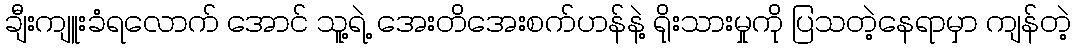
ချီးကျူးခံရလောက် အောင် သူ့ရဲ့ အေးတိအေးစက်ဟန်နဲ့ ရိုးသားမှုကို ပြသတဲ့နေရာမှာ ကျန်တဲ့